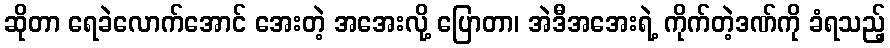
ဆိုတာ ရေခဲလောက်အောင် အေးတဲ့ အအေးလို့ ပြောတာ၊ အဲဒီအအေးရဲ့ ကိုက်တဲ့ဒဏ်ကို ခံရသည့်